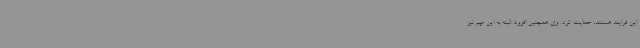
این فرایند هستند، حمایت کرد. وی همچنین افزود: البته به این مهم نیز